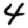
Digit: 4